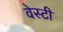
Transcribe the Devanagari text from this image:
वेस्टी